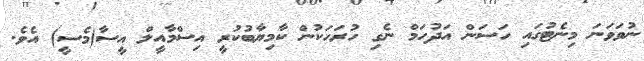
ނުވަވަނަ މިނެޓުގައި ހަސަން އަދުހަމް ނެގި ހުރަހަކުން ކާމިޔާބުކުރީ އިސްމާއީލް އީސާ(މެސީ) އެވެ.